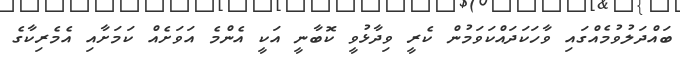
ބައްދަލުވުމެއްގައި ވާހަކަދައްކަވަމުން ކެރީ ވިދާޅުވީ ކޮބާނީ އަކީ އެންމެ އަވަށެއް ކަމަށާއި އެމެރިކާގެ